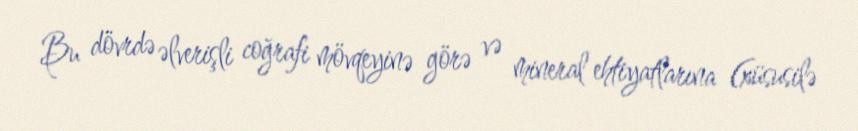
Bu dövrdə əlverişli coğrafi mövqeyinə görə və mineral ehtiyatlarına (xüsusilə